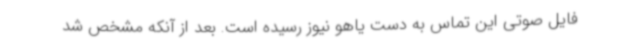
فایل صوتی این تماس به دست یاهو نیوز رسیده است. بعد از آنکه مشخص شد